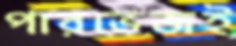
পারভেজই